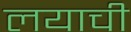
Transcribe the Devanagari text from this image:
लयाची